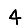
Digit: 4